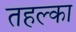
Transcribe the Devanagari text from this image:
तहल्‍का